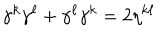
LaTeX: \gamma ^ { k } \gamma ^ { \ell } + \gamma ^ { \ell } \gamma ^ { k } = 2 \eta ^ { k \ell }